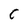
Character: C